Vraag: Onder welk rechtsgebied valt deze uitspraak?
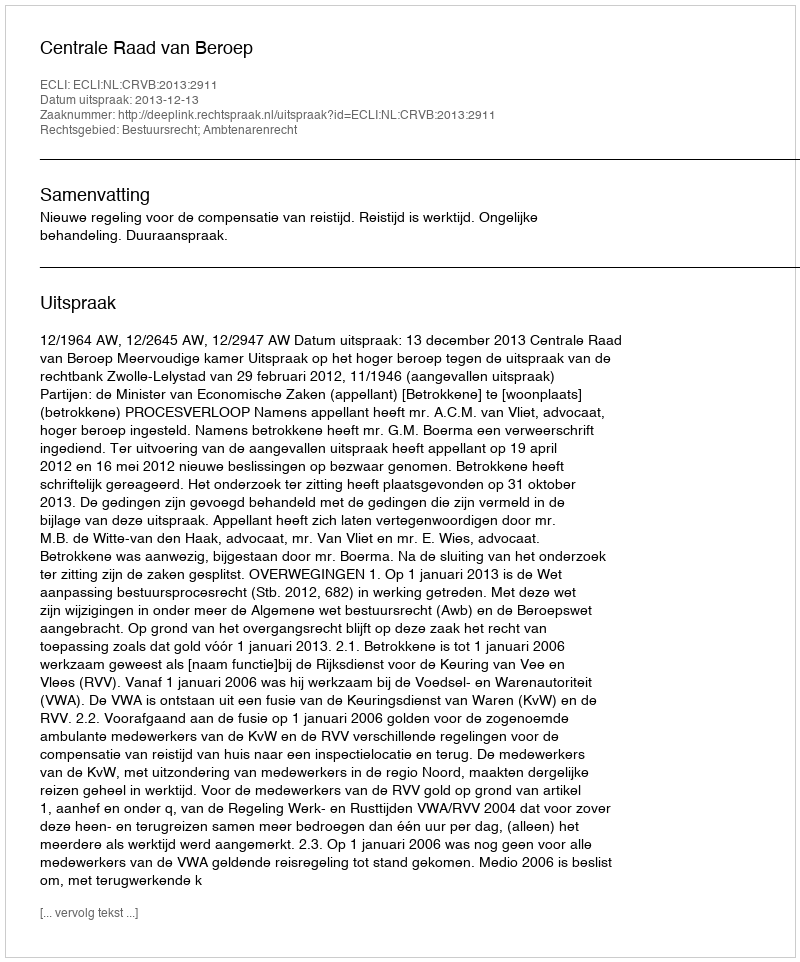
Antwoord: Bestuursrecht; Ambtenarenrecht